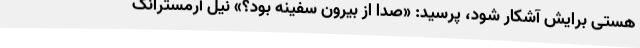
هستی برایش آشکار شود، پرسید: «صدا از بیرون سفینه بود؟» نیل آرمسترانگ